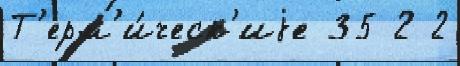
Т'ерм'и́ческ'иjе 35 2 2